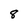
Character: 8